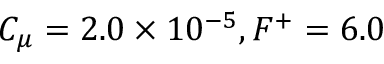
C _ { \mu } = 2 . 0 \times 1 0 ^ { - 5 } , F ^ { + } = 6 . 0